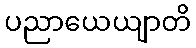
ပညာယေယျာတိ